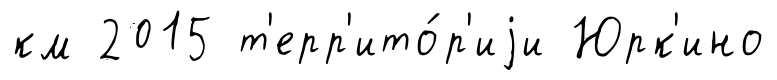
км 2015 т'ерр'ито́р'иjи Юрк'ино